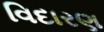
વિદારણ